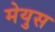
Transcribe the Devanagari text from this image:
मेयुस